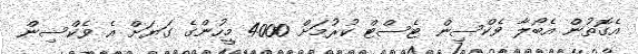
އެގޮތުން އެބޯލާ ވެކްސިން ޓެސްޓް ކުރުމަށް 4000 މީހުންގެ ގަޔަށް އެ ވެކްސިން